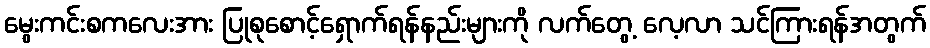
မွေးကင်းစကလေးအား ပြုစုစောင့်ရှောက်ရန်နည်းများကို လက်တွေ့ လေ့လာ သင်ကြားရန်အတွက်